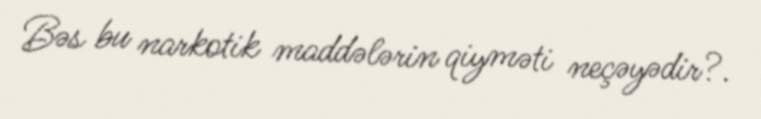
Bəs bu narkotik maddələrin qiyməti neçəyədir?.